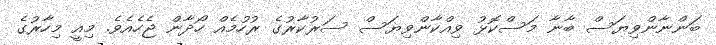
ބަންނާންވިޔަސް ބާނާ މަސްކޮޅު ވިއްކާންވިޔަސް ސަރުކާރުގެ ރުހުމެއް ހޯދާން ޖެހެއެވެ. މިއީ މިހާރުގެ